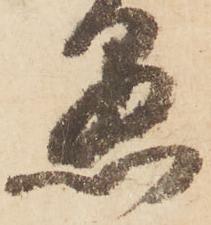
懸